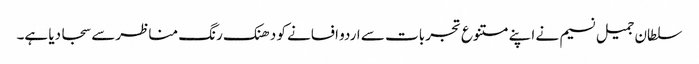
سلطان جمیل نسیم نے اپنے متنوع تجربات سے اردو افسانے کو دھنک رنگ مناظرسے سجا دیا ہے۔